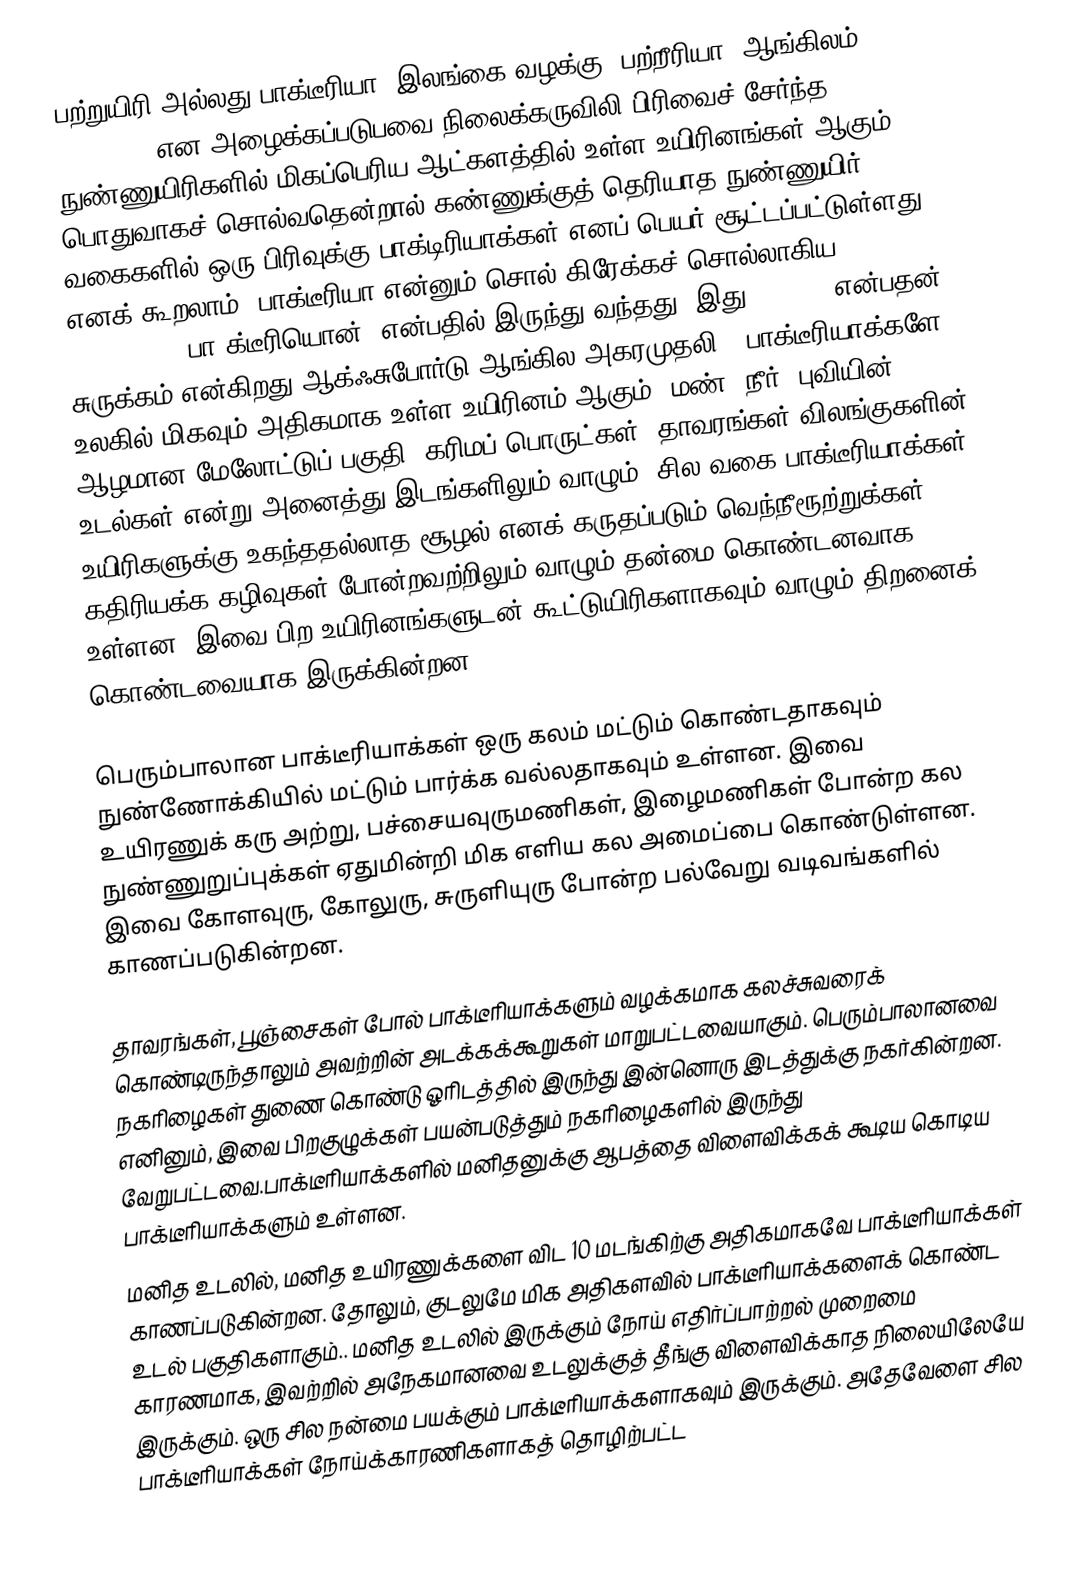
பற்றுயிரி அல்லது பாக்டீரியா (இலங்கை வழக்கு: பற்றீரியா, ஆங்கிலம்: Bacteria) என அழைக்கப்படுபவை நிலைக்கருவிலி பிரிவைச் சேர்ந்த நுண்ணுயிரிகளில் மிகப்பெரிய ஆட்களத்தில் உள்ள உயிரினங்கள் ஆகும். பொதுவாகச் சொல்வதென்றால் கண்ணுக்குத் தெரியாத நுண்ணுயிர் வகைகளில் ஒரு பிரிவுக்கு பாக்டிரியாக்கள் எனப் பெயர் சூட்டப்பட்டுள்ளது எனக் கூறலாம். பாக்டீரியா என்னும் சொல் கிரேக்கச் சொல்லாகிய βακτήριον, (baktērion, பா'க்டீரியொன்) என்பதில் இருந்து வந்தது (இது βακτρον என்பதன் சுருக்கம் என்கிறது ஆக்ஃசுபோர்டு ஆங்கில அகரமுதலி). பாக்டீரியாக்களே உலகில் மிகவும் அதிகமாக உள்ள உயிரினம் ஆகும். மண், நீர், புவியின் ஆழமான மேலோட்டுப் பகுதி, கரிமப் பொருட்கள், தாவரங்கள் விலங்குகளின் உடல்கள் என்று அனைத்து இடங்களிலும் வாழும். சில வகை பாக்டீரியாக்கள் உயிரிகளுக்கு உகந்ததல்லாத சூழல் எனக் கருதப்படும் வெந்நீரூற்றுக்கள், கதிரியக்க கழிவுகள் போன்றவற்றிலும் வாழும் தன்மை கொண்டனவாக உள்ளன. இவை பிற உயிரினங்களுடன் கூட்டுயிரிகளாகவும் வாழும் திறனைக் கொண்டவையாக இருக்கின்றன.

பெரும்பாலான பாக்டீரியாக்கள் ஒரு கலம் மட்டும் கொண்டதாகவும் நுண்ணோக்கியில் மட்டும் பார்க்க வல்லதாகவும் உள்ளன. இவை உயிரணுக் கரு அற்று, பச்சையவுருமணிகள், இழைமணிகள் போன்ற கல நுண்ணுறுப்புக்கள் ஏதுமின்றி மிக எளிய கல அமைப்பை கொண்டுள்ளன. இவை கோளவுரு, கோலுரு, சுருளியுரு போன்ற பல்வேறு வடிவங்களில் காணப்படுகின்றன.

தாவரங்கள், பூஞ்சைகள் போல் பாக்டீரியாக்களும் வழக்கமாக கலச்சுவரைக் கொண்டிருந்தாலும் அவற்றின் அடக்கக்கூறுகள் மாறுபட்டவையாகும். பெரும்பாலானவை நகரிழைகள் துணை கொண்டு ஓரிடத்தில் இருந்து இன்னொரு இடத்துக்கு நகர்கின்றன. எனினும், இவை பிறகுழுக்கள் பயன்படுத்தும் நகரிழைகளில் இருந்து வேறுபட்டவை.பாக்டீரியாக்களில் மனிதனுக்கு ஆபத்தை விளைவிக்கக் கூடிய கொடிய பாக்டீரியாக்களும் உள்ளன.
மனித உடலில், மனித உயிரணுக்களை விட 10 மடங்கிற்கு அதிகமாகவே பாக்டீரியாக்கள் காணப்படுகின்றன. தோலும், குடலுமே மிக அதிகளவில் பாக்டீரியாக்களைக் கொண்ட உடல் பகுதிகளாகும்.. மனித உடலில் இருக்கும் நோய் எதிர்ப்பாற்றல் முறைமை காரணமாக, இவற்றில் அநேகமானவை உடலுக்குத் தீங்கு விளைவிக்காத நிலையிலேயே இருக்கும். ஒரு சில நன்மை பயக்கும் பாக்டீரியாக்களாகவும் இருக்கும். அதேவேளை சில பாக்டீரியாக்கள் நோய்க்காரணிகளாகத் தொழிற்பட்ட